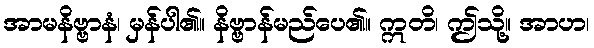
အာမနိဗ္ဗာနံ၊ မှန်ပါ၏။ နိဗ္ဗာန်မည်ပေ၏။ ဣတိ၊ ဤသို့။ အာဟ၊